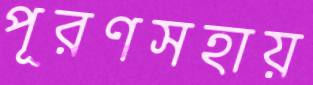
পূরণসহায়